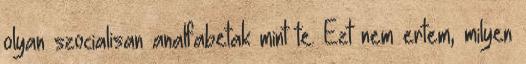
olyan szocialisan analfabetak mint te. Ezt nem ertem, milyen